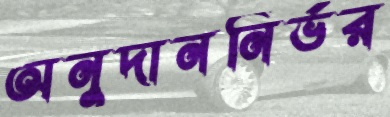
অনুদাননির্ভর